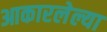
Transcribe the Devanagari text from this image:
आकारलेल्या